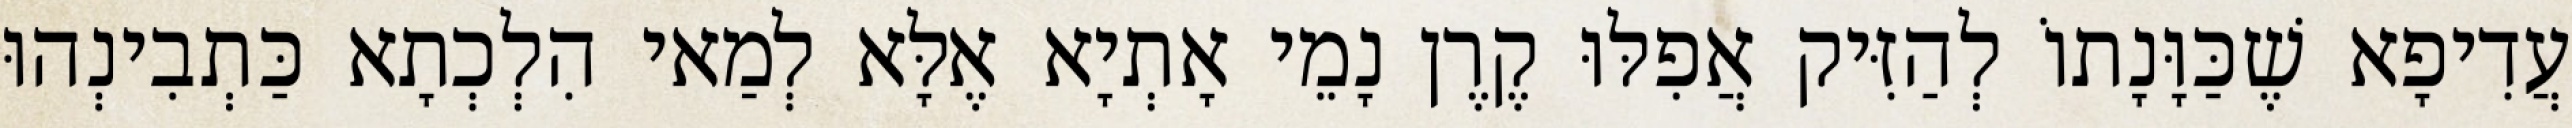
עֲדִיפָא שֶׁכַּוָּנָתוֹ לְהַזִּיק אֲפִלּוּ קֶרֶן נָמֵי אָתְיָא אֶלָּא לְמַאי הִלְכְתָא כַּתְבִינְהוּ